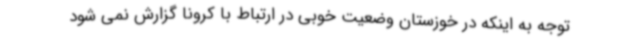
توجه به اینکه در خوزستان وضعیت خوبی در ارتباط با کرونا گزارش نمی شود